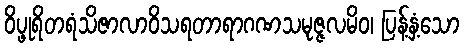
ဝိပ္ဖုရိတရံသိဇာလာဝိသရတာရာဂဏသမုဇ္ဇလမိဝ၊ ပြန့်နှံ့သော